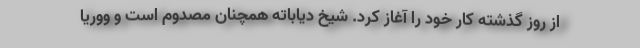
از روز گذشته کار خود را آغاز کرد. شیخ دیاباته همچنان مصدوم است و ووریا